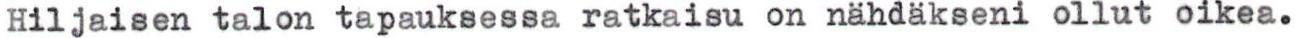
Hiljaisen talon tapauksessa ratkaisu on nähdäkseni ollut oikea.